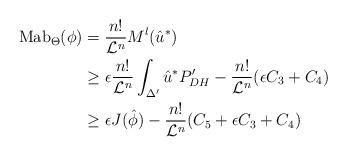
LaTeX: \begin{align*}\mathrm{Mab}_{\Theta}(\phi) & = \frac{n!}{\mathcal{L}^n}M^l(\hat{u}^*) \\& \geq \epsilon \frac{n!}{\mathcal{L}^n}\int_{\Delta'}\hat{u}^*P_{DH}' -\frac{n!}{\mathcal{L}^n}(\epsilon C_3+C_4) \\& \geq \epsilon J(\hat{\phi})-\frac{n!}{\mathcal{L}^n}(C_5+\epsilon C_3+C_4)\end{align*}